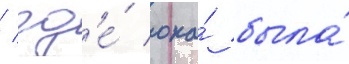
/ гд'е́ она́ была́